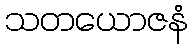
သတယောဇနံ